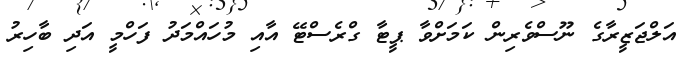
އަލްޖަޒީރާގެ ނޫސްވެރިން ކަމަށްވާ ޕީޓާ ގްރެސްޓޭ އާއި މުހައްމަދު ފަހްމީ އަދި ބާހިރު